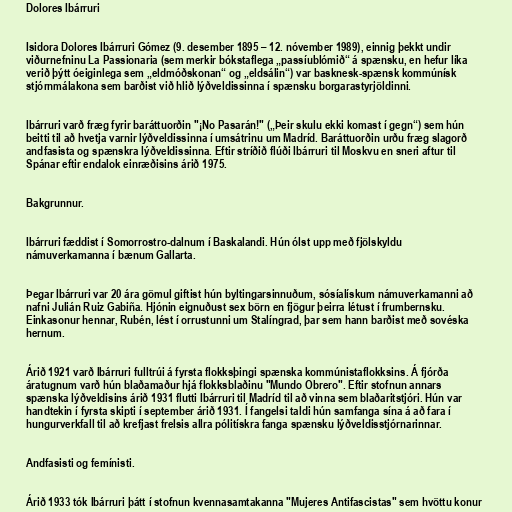
Dolores Ibárruri

Isidora Dolores Ibárruri Gómez (9. desember 1895 – 12. nóvember 1989), einnig þekkt undir
viðurnefninu La Passionaria (sem merkir bókstaflega „passíublómið“ á spænsku, en hefur líka
verið þýtt óeiginlega sem „eldmóðskonan“ og „eldsálin“) var basknesk-spænsk kommúnísk
stjórnmálakona sem barðist við hlið lýðveldissinna í spænsku borgarastyrjöldinni.

Ibárruri varð fræg fyrir baráttuorðin "¡No Pasarán!" („Þeir skulu ekki komast í gegn“) sem hún
beitti til að hvetja varnir lýðveldissinna í umsátrinu um Madríd. Baráttuorðin urðu fræg slagorð
andfasista og spænskra lýðveldissinna. Eftir stríðið flúði Ibárruri til Moskvu en sneri aftur til
Spánar eftir endalok einræðisins árið 1975.

Bakgrunnur.

Ibárruri fæddist í Somorrostro-dalnum í Baskalandi. Hún ólst upp með fjölskyldu
námuverkamanna í bænum Gallarta.

Þegar Ibárruri var 20 ára gömul giftist hún byltingarsinnuðum, sósíalískum námuverkamanni að
nafni Julián Ruiz Gabiña. Hjónin eignuðust sex börn en fjögur þeirra létust í frumbernsku.
Einkasonur hennar, Rubén, lést í orrustunni um Stalíngrad, þar sem hann barðist með sovéska
hernum.

Árið 1921 varð Ibárruri fulltrúi á fyrsta flokksþingi spænska kommúnistaflokksins. Á fjórða
áratugnum varð hún blaðamaður hjá flokksblaðinu "Mundo Obrero". Eftir stofnun annars
spænska lýðveldisins árið 1931 flutti Ibárruri til Madríd til að vinna sem blaðaritstjóri. Hún var
handtekin í fyrsta skipti í september árið 1931. Í fangelsi taldi hún samfanga sína á að fara í
hungurverkfall til að krefjast frelsis allra pólitískra fanga spænsku lýðveldisstjórnarinnar.

Andfasisti og femínisti.

Árið 1933 tók Ibárruri þátt í stofnun kvennasamtakanna "Mujeres Antifascistas" sem hvöttu konur